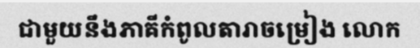
ជាមួយនឹងភាគីកំពូលតារាចម្រៀង លោក